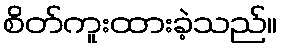
စိတ်ကူးထားခဲ့သည်။